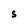
Character: S